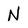
Character: N